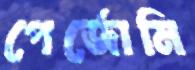
পের্জোমি